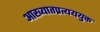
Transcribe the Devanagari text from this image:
आख्यातप्रत्यययुक्त